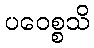
ပဝေစ္စသိ